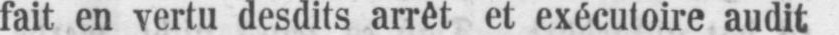
fait en vertu desdits arrêt et exécutoire audit